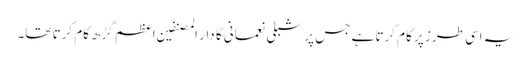
یہ اسی طرز پر کام کرتا ہے جس پر شبلی نعمانی کا دار المصنفین اعظم گڑھ کام کرتا تھا۔